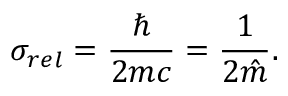
\sigma _ { r e l } = \frac { \hbar } { 2 { m } c } = \frac { 1 } { 2 \hat { m } } .